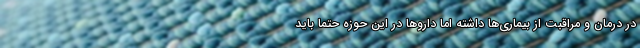
در درمان و مراقبت از بیماری‌ها داشته اما داروها در این حوزه حتما باید